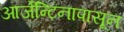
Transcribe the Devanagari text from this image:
आर्जेन्टिनापासून